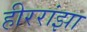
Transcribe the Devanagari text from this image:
हीररांझा